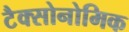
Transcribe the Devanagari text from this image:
टैक्सोनोमिक